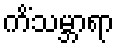
ကိံသမ္ဘာရာ